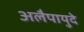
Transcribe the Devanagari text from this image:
अलैपायुदे